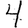
Digit: 4